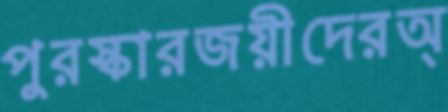
পুরস্কারজয়ীদেরঅ্